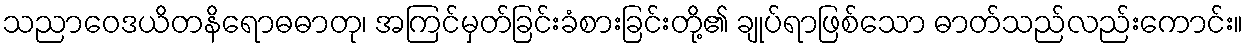
သညာဝေဒယိတနိရောဓဓာတု၊ အကြင်မှတ်ခြင်းခံစားခြင်းတို့၏ ချုပ်ရာဖြစ်သော ဓာတ်သည်လည်းကောင်း။